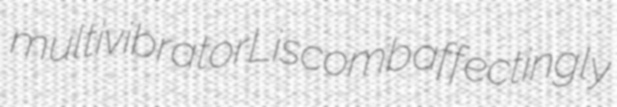
multivibrator Liscomb affectingly